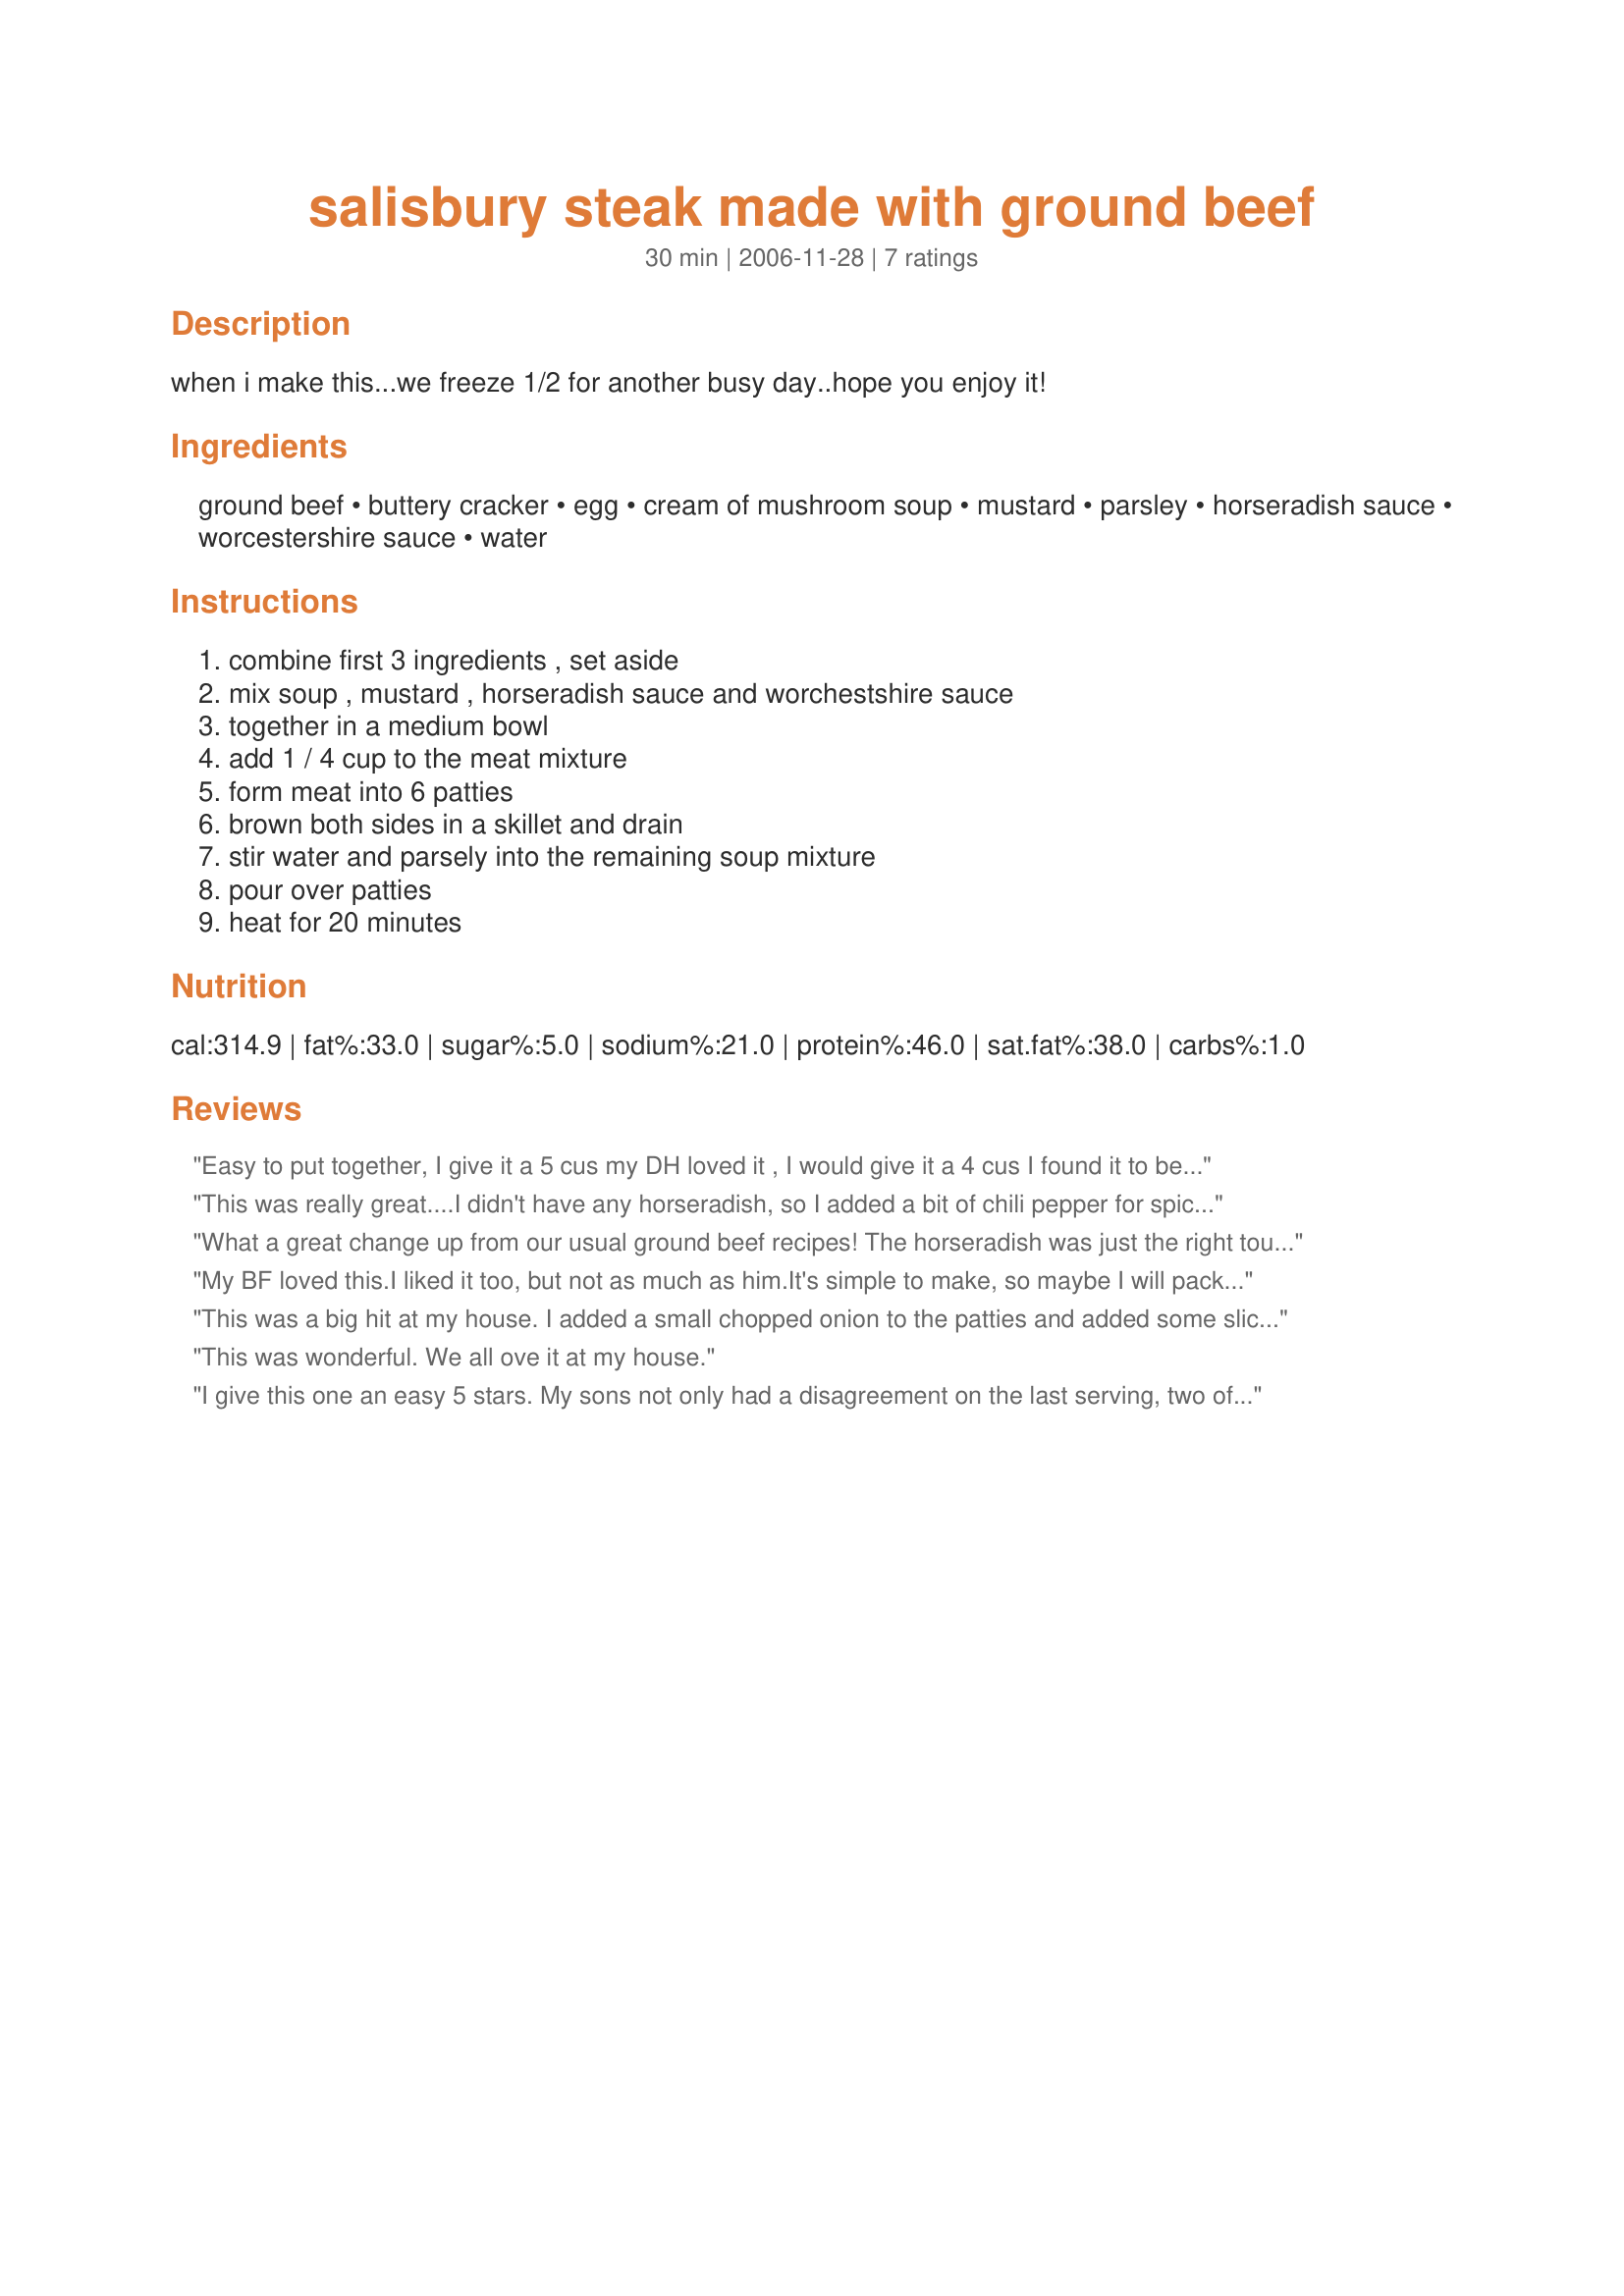
salisbury steak made with ground beef
Preparation time: 30 minutes

when i make this...we freeze 1/2 for another busy day..hope you enjoy it!

Ingredients:
ground beef, buttery cracker, egg, cream of mushroom soup, mustard, parsley, horseradish sauce, worcestershire sauce, water

Steps:
combine first 3 ingredients , set aside, mix soup , mustard , horseradish sauce and worchestshire sauce, together in a medium bowl, add 1 / 4 cup to the meat mixture, form meat into 6 patties, brown both sides in a skillet and drain, stir water and parsely into the remaining soup mixture, pour over patties, heat for 20 minutes

Reviews:
Easy to put together, I give it a 5 cus my DH loved it , I would give it a 4 cus I found it to be quite salty. I did like the flavour of the horseradish in it. I would make it again but might use less worcestershire sauce.
Thanks for posting.
This was really great....I didn't have any horseradish, so I added a bit of chili pepper for spice, no worcestershire, so I used A1 instead...served it over egg noodle w/broccoli and everything was great!! Thanks. (and it was REALLY only 30 minutes from start till we were eating)
What a great change up from our usual ground beef recipes! The horseradish was just the right touch. I didn&#039;t have butter crackers so I used plain panko instead otherwise I made it just as listed. Perfect work night dish we will be making again. Thanks for sharing.
My BF loved this.<br/>I liked it too, but not as much as him.<br/>It's simple to make, so maybe I will pack it for lunch or something.
This was a big hit at my house. I added a small chopped onion to the patties and added some sliced shiitake &#039;shrooms to the gravy mixture. Didn&#039;t even get a chance to freeze the leftovers, there weren&#039;t any! Thanks
This was wonderful. We all ove it at my house.
I give this one an easy 5 stars. My sons not only had a disagreement on the last serving, two of the three asked for the recipe to make at home.
